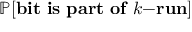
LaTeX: \mathbb { P } [ \mathbf { b i t ~ i s ~ p a r t ~ o f ~ } k \mathbf { - r u n } ]